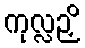
ကုလ္လဉှိ